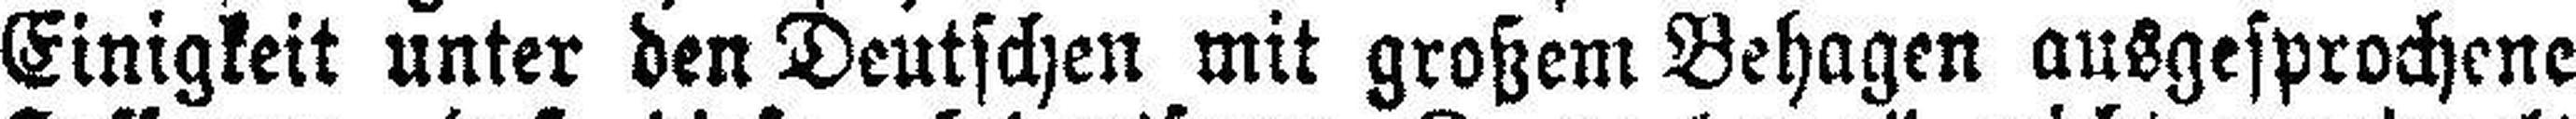
Einigkeit unter den Deutschen mit großem Behagen ausgesprochene